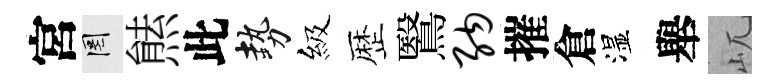
宮罔㷱此勢級歴鷖纳摧倉湿舉屼